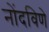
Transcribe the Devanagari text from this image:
नोंदविणे